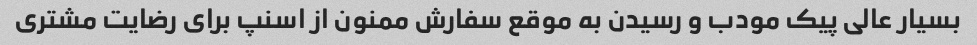
بسیار عالی پیک مودب و رسیدن به موقع سفارش ممنون از اسنپ برای رضایت مشتری